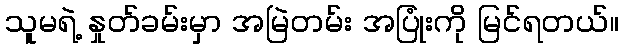
သူမရဲ့ နှုတ်ခမ်းမှာ အမြဲတမ်း အပြုံးကို မြင်ရတယ်။